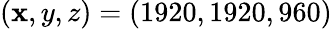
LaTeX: (\mathbf{x},y,z)=(1920,1920,960)